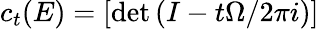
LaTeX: c_{t}(E)=[\operatorname*{det}\left(I-t{\Omega/2\pi i}\right)]